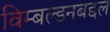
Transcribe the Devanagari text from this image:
विम्बल्डनबद्दल